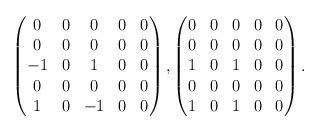
LaTeX: \begin{align*}\begin{pmatrix}0&0&0&0&0\\0&0&0&0&0\\-1&0&1&0&0\\0&0&0&0&0\\1&0&-1&0&0\\\end{pmatrix} ,\begin{pmatrix}0&0&0&0&0\\0&0&0&0&0\\1&0&1&0&0\\0&0&0&0&0\\1&0&1&0&0\\\end{pmatrix} . \end{align*}